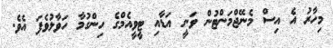
މިހާރު އެ އިސް މެނޭޖްމަންޓުން ވަނީ އަޑާއި ޓީވީއެމްގެ ހިންގުމާ ހަވާލުވެފަ އެވެ.